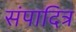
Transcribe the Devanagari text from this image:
संपादित्र